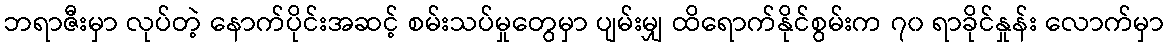
ဘရာဇီးမှာ လုပ်တဲ့ နောက်ပိုင်းအဆင့် စမ်းသပ်မှုတွေမှာ ပျမ်းမျှ ထိရောက်နိုင်စွမ်းက ၇၀ ရာခိုင်နှုန်း လောက်မှာ